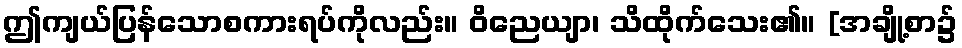
ဤကျယ်ပြန်သောစကားရပ်ကိုလည်း။ ဝိညေယျာ၊ သိထိုက်သေး၏။ [အချို့စာ၌